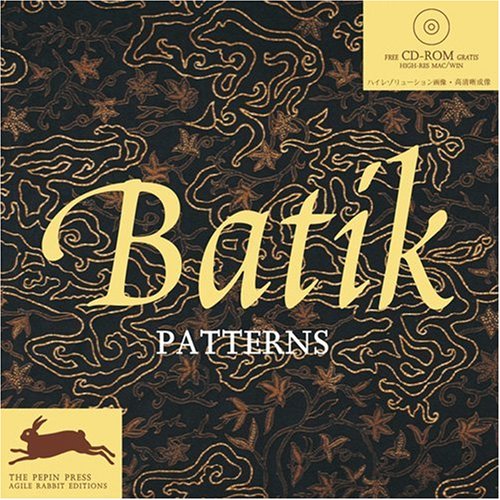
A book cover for Batik Patterns [With CDROM] (Agile Rabbit Editions); Crafts, Hobbies & Home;